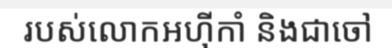
របស់លោកអហ៊ីកាំ និងជាចៅ